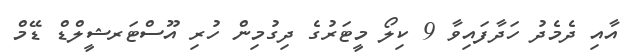
އާއި ދެމެދު ހަދާފައިވާ 9 ކިލޯ މީޓަރުގެ ދިގުމިން ހުރި އޫސްޓަރޝީލްޑް ޑޭމް